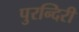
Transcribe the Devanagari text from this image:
पुरन्दिरी